Report of the King Institute of Preventive Medicine, Guindy
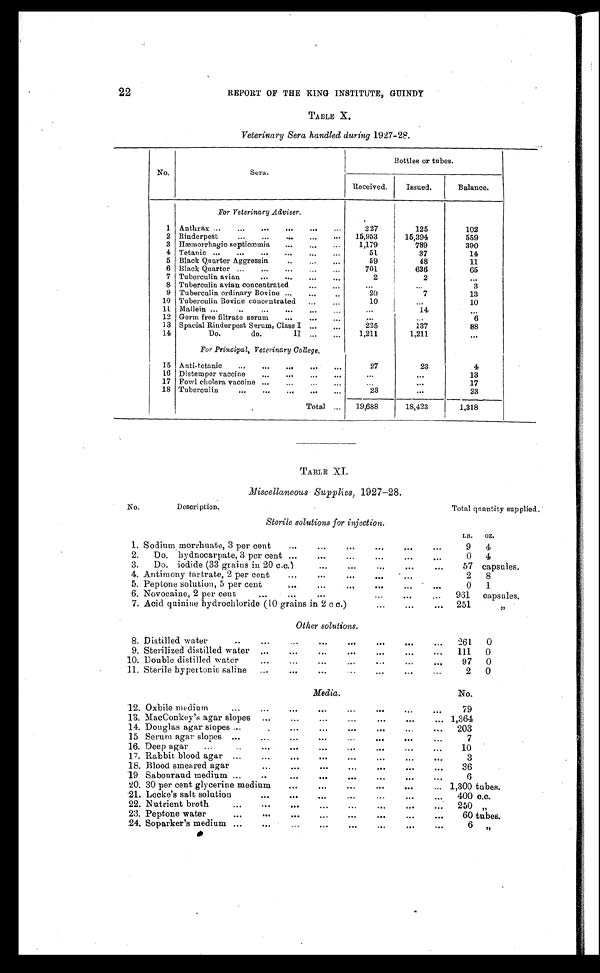
22
REPORT OF THE KING INSTITUTE, GUINDY
TABLE X.
Veterinary Sera handled during 1927-28.
No.
Sera.
Bottles or tubes.
Received.
Issued.
Balance.
For Veterinary Adviser.
1
Anthrax . . .
227
125
102
2 Rinderpest . . .
15,953
15,394
559
3 Hæmorrhagic septicæmia . . .
1,179
789
390
4
Tetanic . . .
51
37
14
5
Black Quarter Aggressin . . .
59
48
11
6
Black Quarter . . .
701
636
65
7
Tuberculin avian . . .
2
2
. . .
8
Tuberculin avian concentrated. . .
. . .
. . .
3
9
Tuberculin ordinary Bovine . . .
20
7
13
10
Tuberculin Bovine concentrated . . .
10
. . .
10
11
Mallein . . .
. . .
14
. . .
12
Germ free filtrate serum . . .
. . .
. . .
6
13 Spacial Rinderpest Serum, Class I . . .
225
137
88
14
Do. do. II . . .
1,211
1,211
. . .
For Principal, Veterinary College.
15
Anti-tetanic . . .
27
23
4
16 Distemper vaccine . . .
. . .
. . .
13
17
Fowl cholera vaccine . . .
. . .
. . .
17
18 Tuberculin . . .
23
. . .
23
Total
. . .
19,688
18,423
1,318
TABLE XI.
Miscellaneous Supplies, 1927-28.
No.
Description.
Total qnantity supplied.
Sterile solutions for injection.
LB.
O Z .
1. Sodium morrhuate, 3 per cent . . .
9
4
2.
...
...
Do. hydnocarpate, 3 per cent . . .
0
4
3.
D o . i o d i d e ( 3 3 g r a i n s i n 2 0 c . c . ) . . .
57
capsules.
4. Antimony tartrate, 2 per cent . . .
2
8
5. Peptone solution, 5 per cent . . .
0
1
6. Novocaine, 2 per cent . . .
961
capsules.
7. Acid quinine hydrochloride (10 grains in 2 c c.) . . .
251
"
Other solutions.
8. Distilled water . . .
261
0
9. Sterilized distilled water . . .
111
0
10. Double distilled water . . .
9 7
0
11. Sterile hyped tonic saline . . .
2
0
Media.
No.
12. O x b i l e m e d i u m . . .
79
. . .
13. MacConkey's agar slopes . . .
1,364
. . .
14. Douglas agar slopes . . .
203
. . .
15 Serum agar slopes . . .
7
. . .
16.
D e e p a g a r . . .
10
. . .
17. Rabbit blood agar . . .
3
. . .
18. Blood smeared agar . . .
36
. . .
19 Sabonraud medium . . .
6
. . .
20. 30 per cent glycerine medium . . .
1,300 tubes.
21. Locke's salt solution . . .
400 c.c.
22. Nutrient broth . . .
250
"
23. Peptone water . . .
60 tubes.
24.
S o p a r k e r ' s m e d i u m . . .
6
"